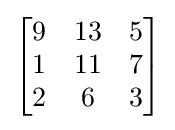
{\begin{bmatrix}9&13&5\\1&11&7\\2&6&3\end{bmatrix}}